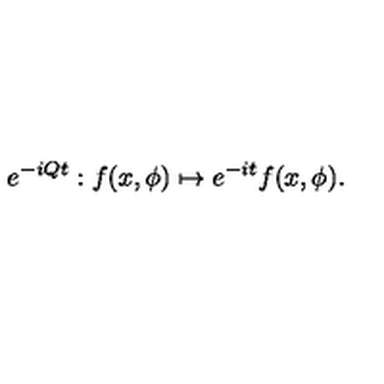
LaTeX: e ^ { - i Q t } : f ( x , \phi ) \mapsto e ^ { - i t } f ( x , \phi ) .